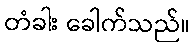
တံခါး ခေါက်သည်။